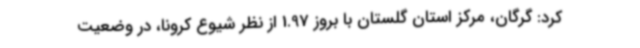
کرد: گرگان، مرکز استان گلستان با بروز 1.97 از نظر شیوع کرونا، در وضعیت